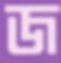
জ